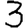
Digit: 3